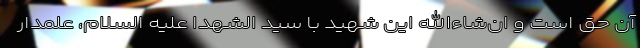
آن حق است و ان‌شاءالله این شهید با سید الشهدا علیه السلام، علمدار